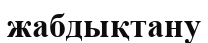
жабдықтану